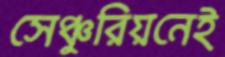
সেঞ্চুরিয়নেই